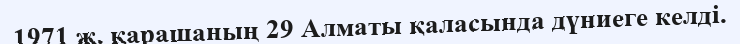
1971 ж. қарашаның 29 Алматы қаласында дүниеге келді.